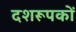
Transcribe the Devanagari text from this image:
दशरूपकों